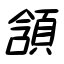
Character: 頷